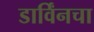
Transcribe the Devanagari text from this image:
डार्विंनचा